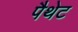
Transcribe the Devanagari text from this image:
पैथेट